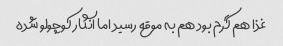
غذا هم گرم بود هم به موقع رسید اما انگار کوچولو شده